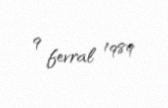
9 fevral 1989